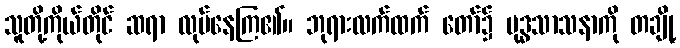
သူတို့ကိုယ်တိုင် ဆရာ လုပ်နေကြ၏။ ဘုရားလက်ထက် တော်၌ ဗုဒ္ဓသာသနာကို တချို့